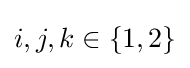
i,j,k\in \{1,2\}